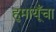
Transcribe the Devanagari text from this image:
हुमायूँचा